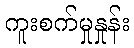
ကူးစက်မှုနှုန်း